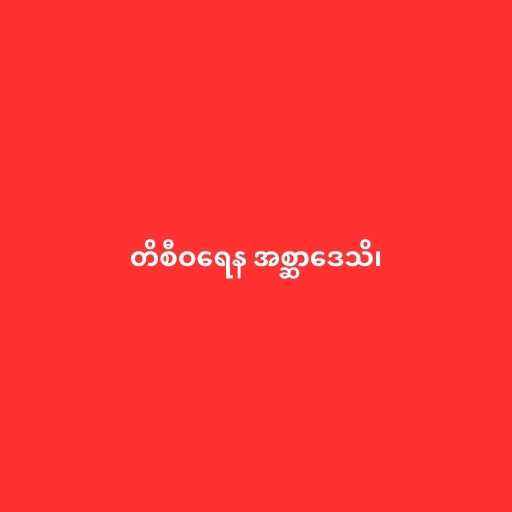
တိစီဝရေန အစ္ဆာဒေသိ၊